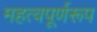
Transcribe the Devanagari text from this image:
महत्वपूर्णरूप